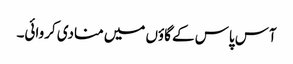
آس پاس کے گاؤں میں منادی کروائی۔